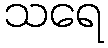
သရေ